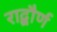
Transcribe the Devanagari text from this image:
राद्बौर्ण